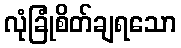
လုံခြုံစိတ်ချရသော